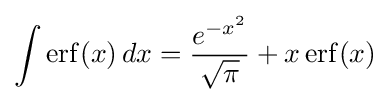
\int \operatorname {erf} (x)\,dx={\frac {e^{-x^{2}}}{\sqrt {\pi }}}+x\operatorname {erf} (x)